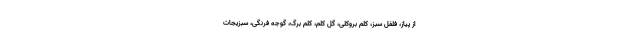
از پیاز، فلفل سبز، کلم بروکلی، گل کلم، کلم برگ، گوجه فرنگی، سبزیجات